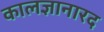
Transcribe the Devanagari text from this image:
कालज्ञानारद